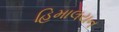
હિમાલયન